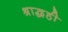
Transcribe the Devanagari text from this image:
श्राद्धही